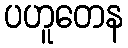
ပဟူတေန